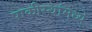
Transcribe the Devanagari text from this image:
पाकीस्थांमध्ये